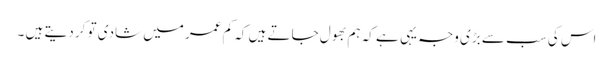
اس کی سب سے بڑی وجہ یہی ہے کہ ہم بھول جاتے ہیں کہ کم عمر میں شادی تو کر دیتے ہیں ۔